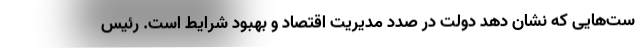
ست‌هایی که نشان دهد دولت در صدد مدیریت اقتصاد و بهبود شرایط است. رئیس